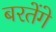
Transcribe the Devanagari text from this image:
बरतेंगे